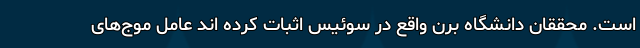
است. محققان دانشگاه برن واقع در سوئیس اثبات کرده اند عامل موج‌های